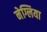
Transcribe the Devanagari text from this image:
नेग्लिया